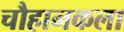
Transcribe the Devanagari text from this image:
चौहानकला